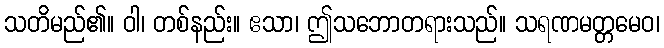
သတိမည်၏။ ဝါ၊ တစ်နည်း။ ဧသာ၊ ဤသဘောတရားသည်။ သရဏမတ္တမေဝ၊